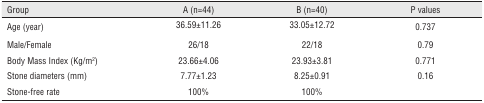
| Group | A (n=44) | B (n=40) | P values |
 | --- | --- | --- | --- |
 | Age (year) | 36.59±11.26 | 33.05±12.72 | 0.737 |
 | Male/Female | 26/18 | 22/18 | 0.79 |
 | Body Mass Index (Kg/m2) | 23.66±4.06 | 23.93±3.81 | 0.771 |
 | Stone diameters (mm) | 7.77±1.23 | 8.25±0.91 | 0.16 |
 | Stone-free rate | 100% | 100% |  |